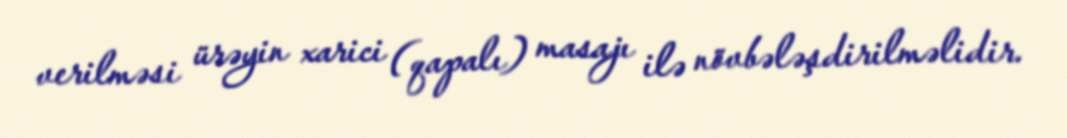
verilməsi ürəyin xarici (qapalı) masajı ilə növbələşdirilməlidir.